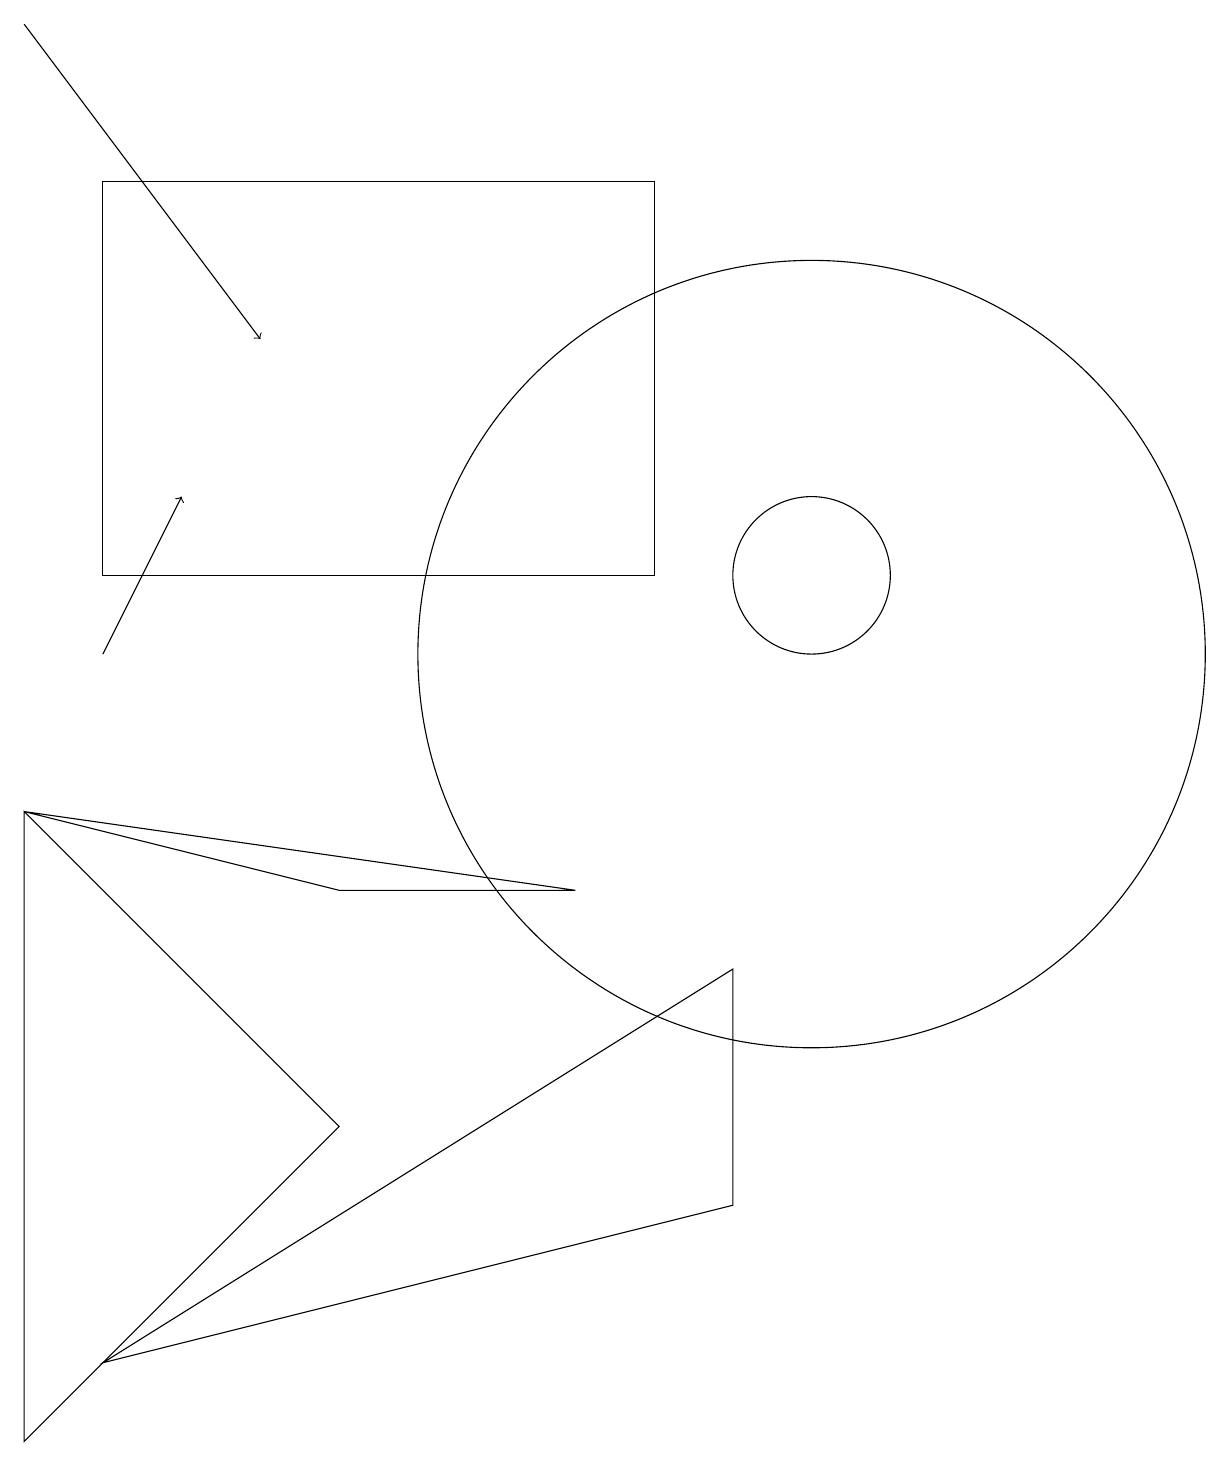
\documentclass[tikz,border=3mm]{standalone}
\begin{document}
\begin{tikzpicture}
\draw[->] (0,18) -- (3,14);
\draw (10,10) circle (5);
\draw (4,4) -- (0,8) -- (0,0) -- cycle;
\draw (8,11) rectangle (1,16);
\draw (7,7) -- (4,7) -- (0,8) -- cycle;
\draw (10,11) circle (1);
\draw[->] (1,10) -- (2,12);
\draw (9,3) -- (1,1) -- (9,6) -- cycle;
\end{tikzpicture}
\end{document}